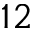
1 2